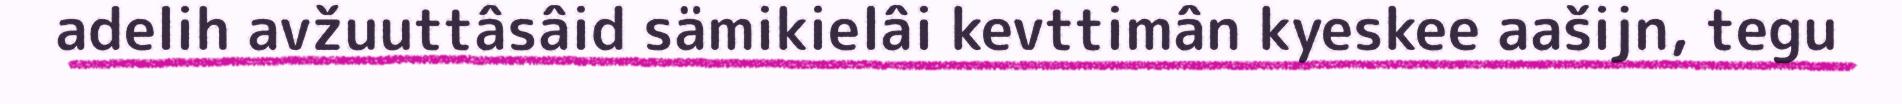
adelih avžuuttâsâid sämikielâi kevttimân kyeskee aašijn, tegu